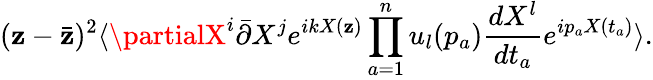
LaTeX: (\mathbf{z}-\bar{{\mathbf{z}}})^{2}\langle\partialX^{i}\bar{{\partial}}X^{j}e^{ikX(\mathbf{z})}\prod_{a=1}^{n}u_{l}(p_{a})\frac{{dX^{l}}}{{dt_{a}}}e^{ip_{a}X(t_{a})}\rangle.